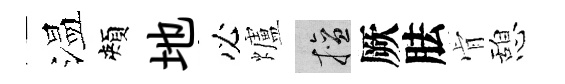
温頰地必爐擅厥胠肻憩